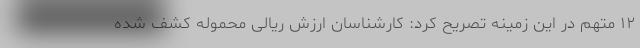
۱۲ متهم در این زمینه تصریح کرد: کارشناسان ارزش ریالی محموله کشف شده